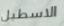
الاسطبل